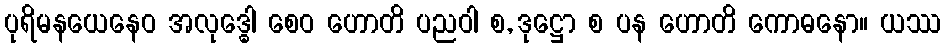
ပုရိမနယေနေဝ အလုဒ္ဓေါ စေဝ ဟောတိ ပညဝါ စ, ဒုဋ္ဌော စ ပန ဟောတိ ကောဓနော။ ယဿ